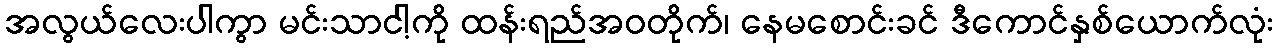
အလွယ်လေးပါကွာ မင်းသာငါ့ကို ထန်းရည်အဝတိုက်၊ နေမစောင်းခင် ဒီကောင်နှစ်ယောက်လုံး